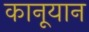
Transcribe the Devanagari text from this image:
कानूयान